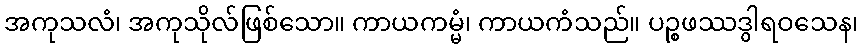
အကုသလံ၊ အကုသိုလ်ဖြစ်သော။ ကာယကမ္မံ၊ ကာယကံသည်။ ပဉ္စဖဿဒွါရဝသေန၊